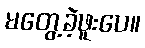
မတွေ့ခဲ့ဖူးပေ။